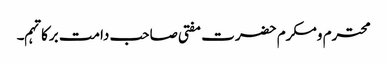
محترم ومکرم حضرت مفتی صاحب دامت برکاتہم۔